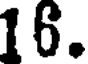
16.